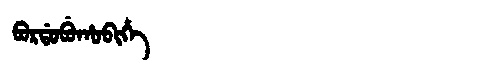
Manchu: ᠪᠣᡵᡩᠣᠪᡠᡥᠣᠪᡳᡥᡝ
Romanization: BORDOBUHOBIHE